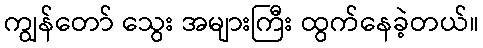
ကျွန်တော် သွေး အများကြီး ထွက်နေခဲ့တယ်။